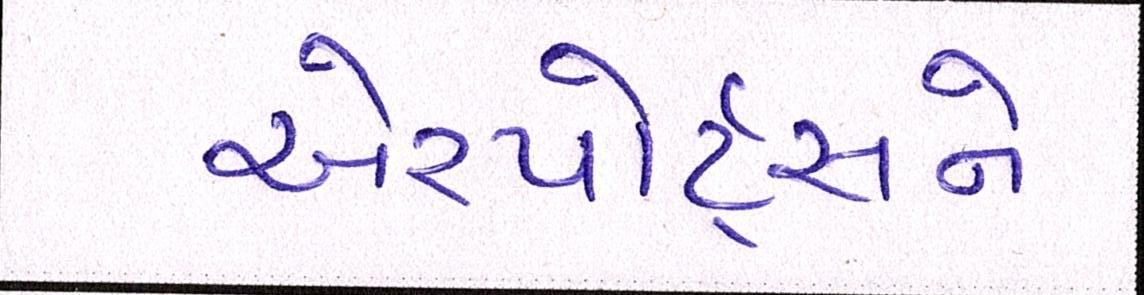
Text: એરપોર્ટ્સને